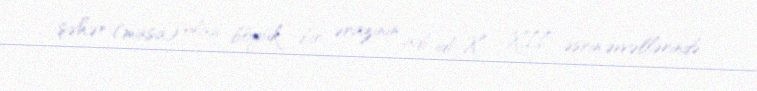
şəhər (masa) olan böyük bir ərazinin adı idi. X - XII əsrin əvvəllərində